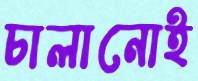
চালানোই